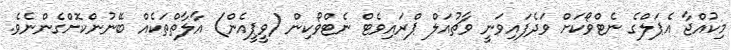
މިކުއްޖާ އެޕަލްގެ ނެޓްވޯކަށް ވަދެފައިވަނީ ވާޗުއަލް ޕްރައިވެޓް ނެޓްވޯކިން (ވީޕީއެން) އާލާތްތަކެއް ބޭނުންކޮށްގެންނެވެ.